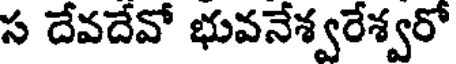
స దేవదేవో భువనేశ్వరేశ్వరో